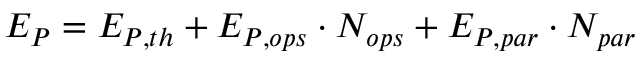
E _ { P } = E _ { P , t h } + E _ { P , o p s } \cdot N _ { o p s } + E _ { P , p a r } \cdot N _ { p a r }